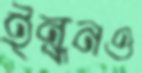
ইন্ধনও